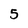
Character: 5